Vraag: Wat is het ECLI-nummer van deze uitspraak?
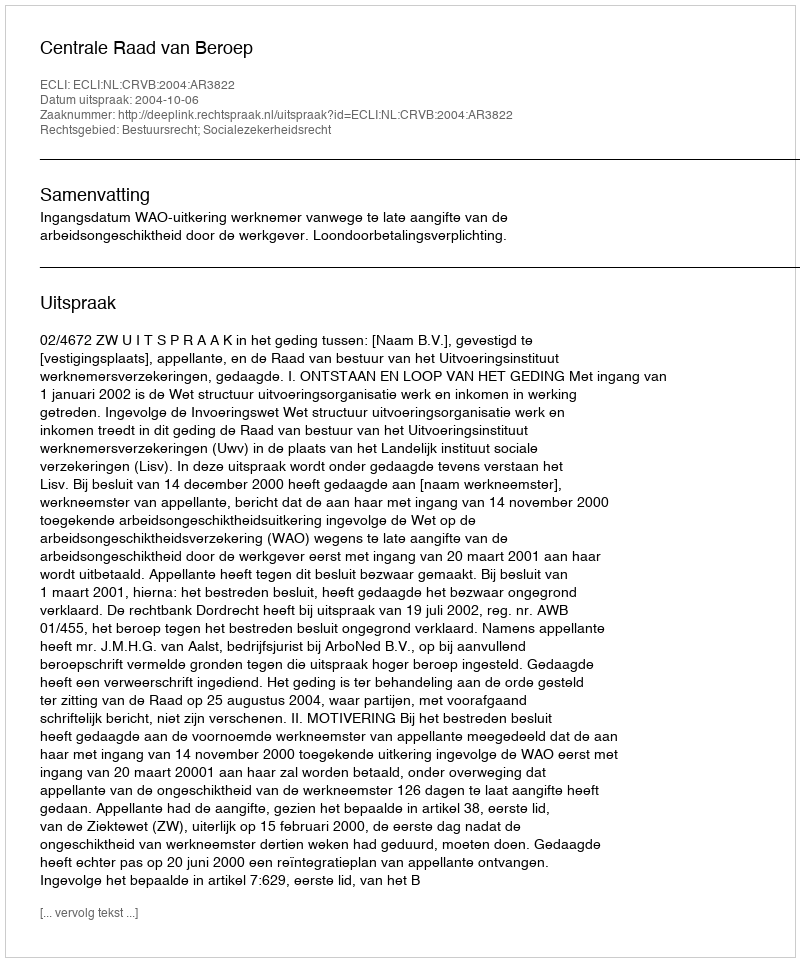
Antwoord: ECLI:NL:CRVB:2004:AR3822